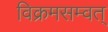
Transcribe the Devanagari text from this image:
विक्रमसम्वत्